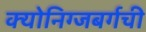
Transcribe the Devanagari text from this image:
क्योनिग्जबर्गची